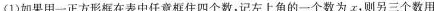
(1)如果用一正方形框在表中任意框住四个数，记左上角的一个数为x，则另三个数用